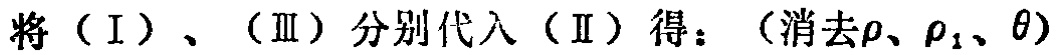
将（I）、（Ⅲ）分别代入（Ⅱ）得：（消去\(\rho\)、\(\rho_{1}\)、\(\theta\)）